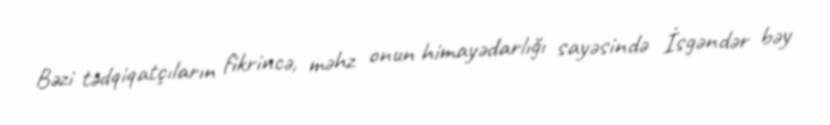
Bəzi tədqiqatçıların fikrincə, məhz onun himayədarlığı sayəsində İsgəndər bəy